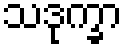
သဒုက္ခာ